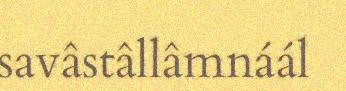
savâstâllâmnáál